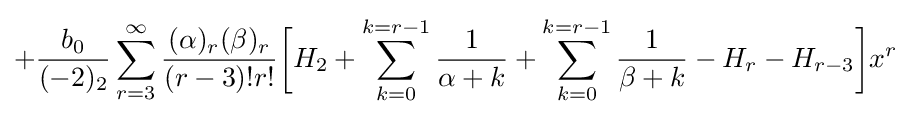
+{\frac {b_{0}}{(-2)_{2}}}\sum _{r=3}^{\infty }{\frac {(\alpha )_{r}(\beta )_{r}}{(r-3)!r!}}{\bigg [}H_{2}+\sum _{k=0}^{k=r-1}{\frac {1}{\alpha +k}}+\sum _{k=0}^{k=r-1}{\frac {1}{\beta +k}}-H_{r}-H_{r-3}{{\bigg ]}x^{r}}